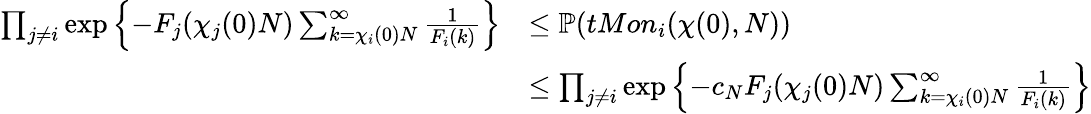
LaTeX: \begin{array}{rl}{\prod_{j\ne i}\exp\left\{ -F_{j}(\chi_{j}(0)N)\sum_{k=\chi_{i}(0)N}^{\infty}\frac{1}{F_{i}(k)}\right\} }&{\le\mathbb{P}(tMon_{i}(\chi(0),N))}\\ &{\le\prod_{j\ne i}\exp\left\{ -c_{N}F_{j}(\chi_{j}(0)N)\sum_{k=\chi_{i}(0)N}^{\infty}\frac{1}{F_{i}(k)}\right\} }\end{array}